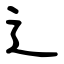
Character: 辶